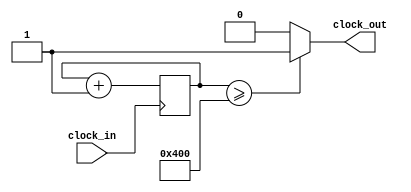
module clock_divider (
    input clock_in,
    output clock_out
  );
  
  parameter DIV = 10;
  
  // todo: parameterise
  reg [DIV:0] counter;

  always @(posedge clock_in) begin
    counter <= counter + 1;
  end
  
  // 50% duty cycle clock
  // todo: parameterise '8' based on size of counter
  assign clock_out = (counter >= (1<<DIV)) ? 1 : 0;
endmodule